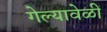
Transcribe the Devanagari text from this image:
गेल्यावेळीं